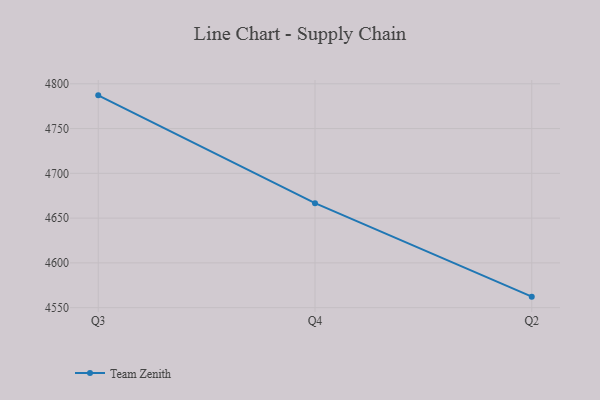
{"axis": {"x": "Quarter", "y": "Page Views"}, "legend": ["Team Zenith"], "data": [{"x": "Q3", "y": 4787.1, "type": "Team Zenith"}, {"x": "Q4", "y": 4666.7, "type": "Team Zenith"}, {"x": "Q2", "y": 4562.3, "type": "Team Zenith"}]}